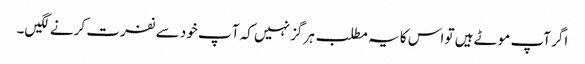
اگر آپ موٹے ہیں تو اس کا یہ مطلب ہر گز نہیں کہ آ پ خود سے نفرت کرنے لگیں۔